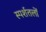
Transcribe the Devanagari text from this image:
स्पर्शतलों